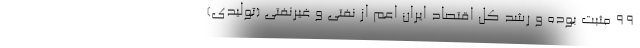
۹۹ مثبت بوده و رشد کل اقتصاد ایران اعم از نفتی و غیرنفتی (تولیدی)